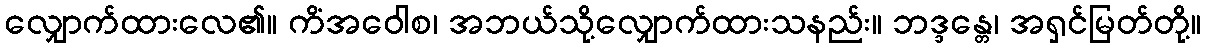
လျှောက်ထားလေ၏။ ကိံအဝေါစ၊ အဘယ်သို့လျှောက်ထားသနည်း။ ဘဒ္ဒန္တေ၊ အရှင်မြတ်တို့။